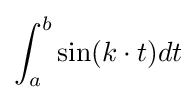
\int _{a}^{b}\sin(k\cdot t)dt